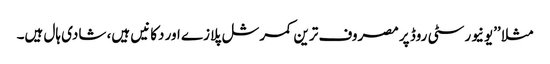
مثلا ’’یونیورسٹی روڈ پر مصروف ترین کمرشل پلازے اور دکانیں ہیں، شادی ہال ہیں۔